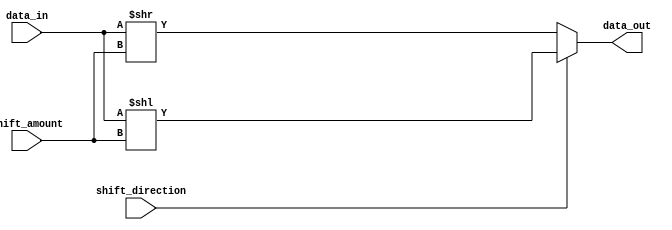
module Hybrid_Barrel_Shifter (
    input [7:0] data_in,
    input [2:0] shift_amount,
    input shift_direction, //0 for right shift, 1 for left shift
    output [7:0] data_out
);

always @ (*) begin
    if (shift_direction == 1) begin //left shift
        data_out = data_in << shift_amount;
    end else begin //right shift
        data_out = data_in >> shift_amount;
    end
end

endmodule